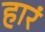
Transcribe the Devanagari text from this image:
हारं